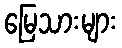
မြေသားများ